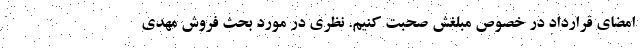
امضای قرارداد در خصوص مبلغش صحبت کنیم. نظری در مورد بحث فروش مهدی